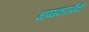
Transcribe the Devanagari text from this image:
भाष्यकारांपैकी